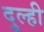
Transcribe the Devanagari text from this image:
दुल्ही